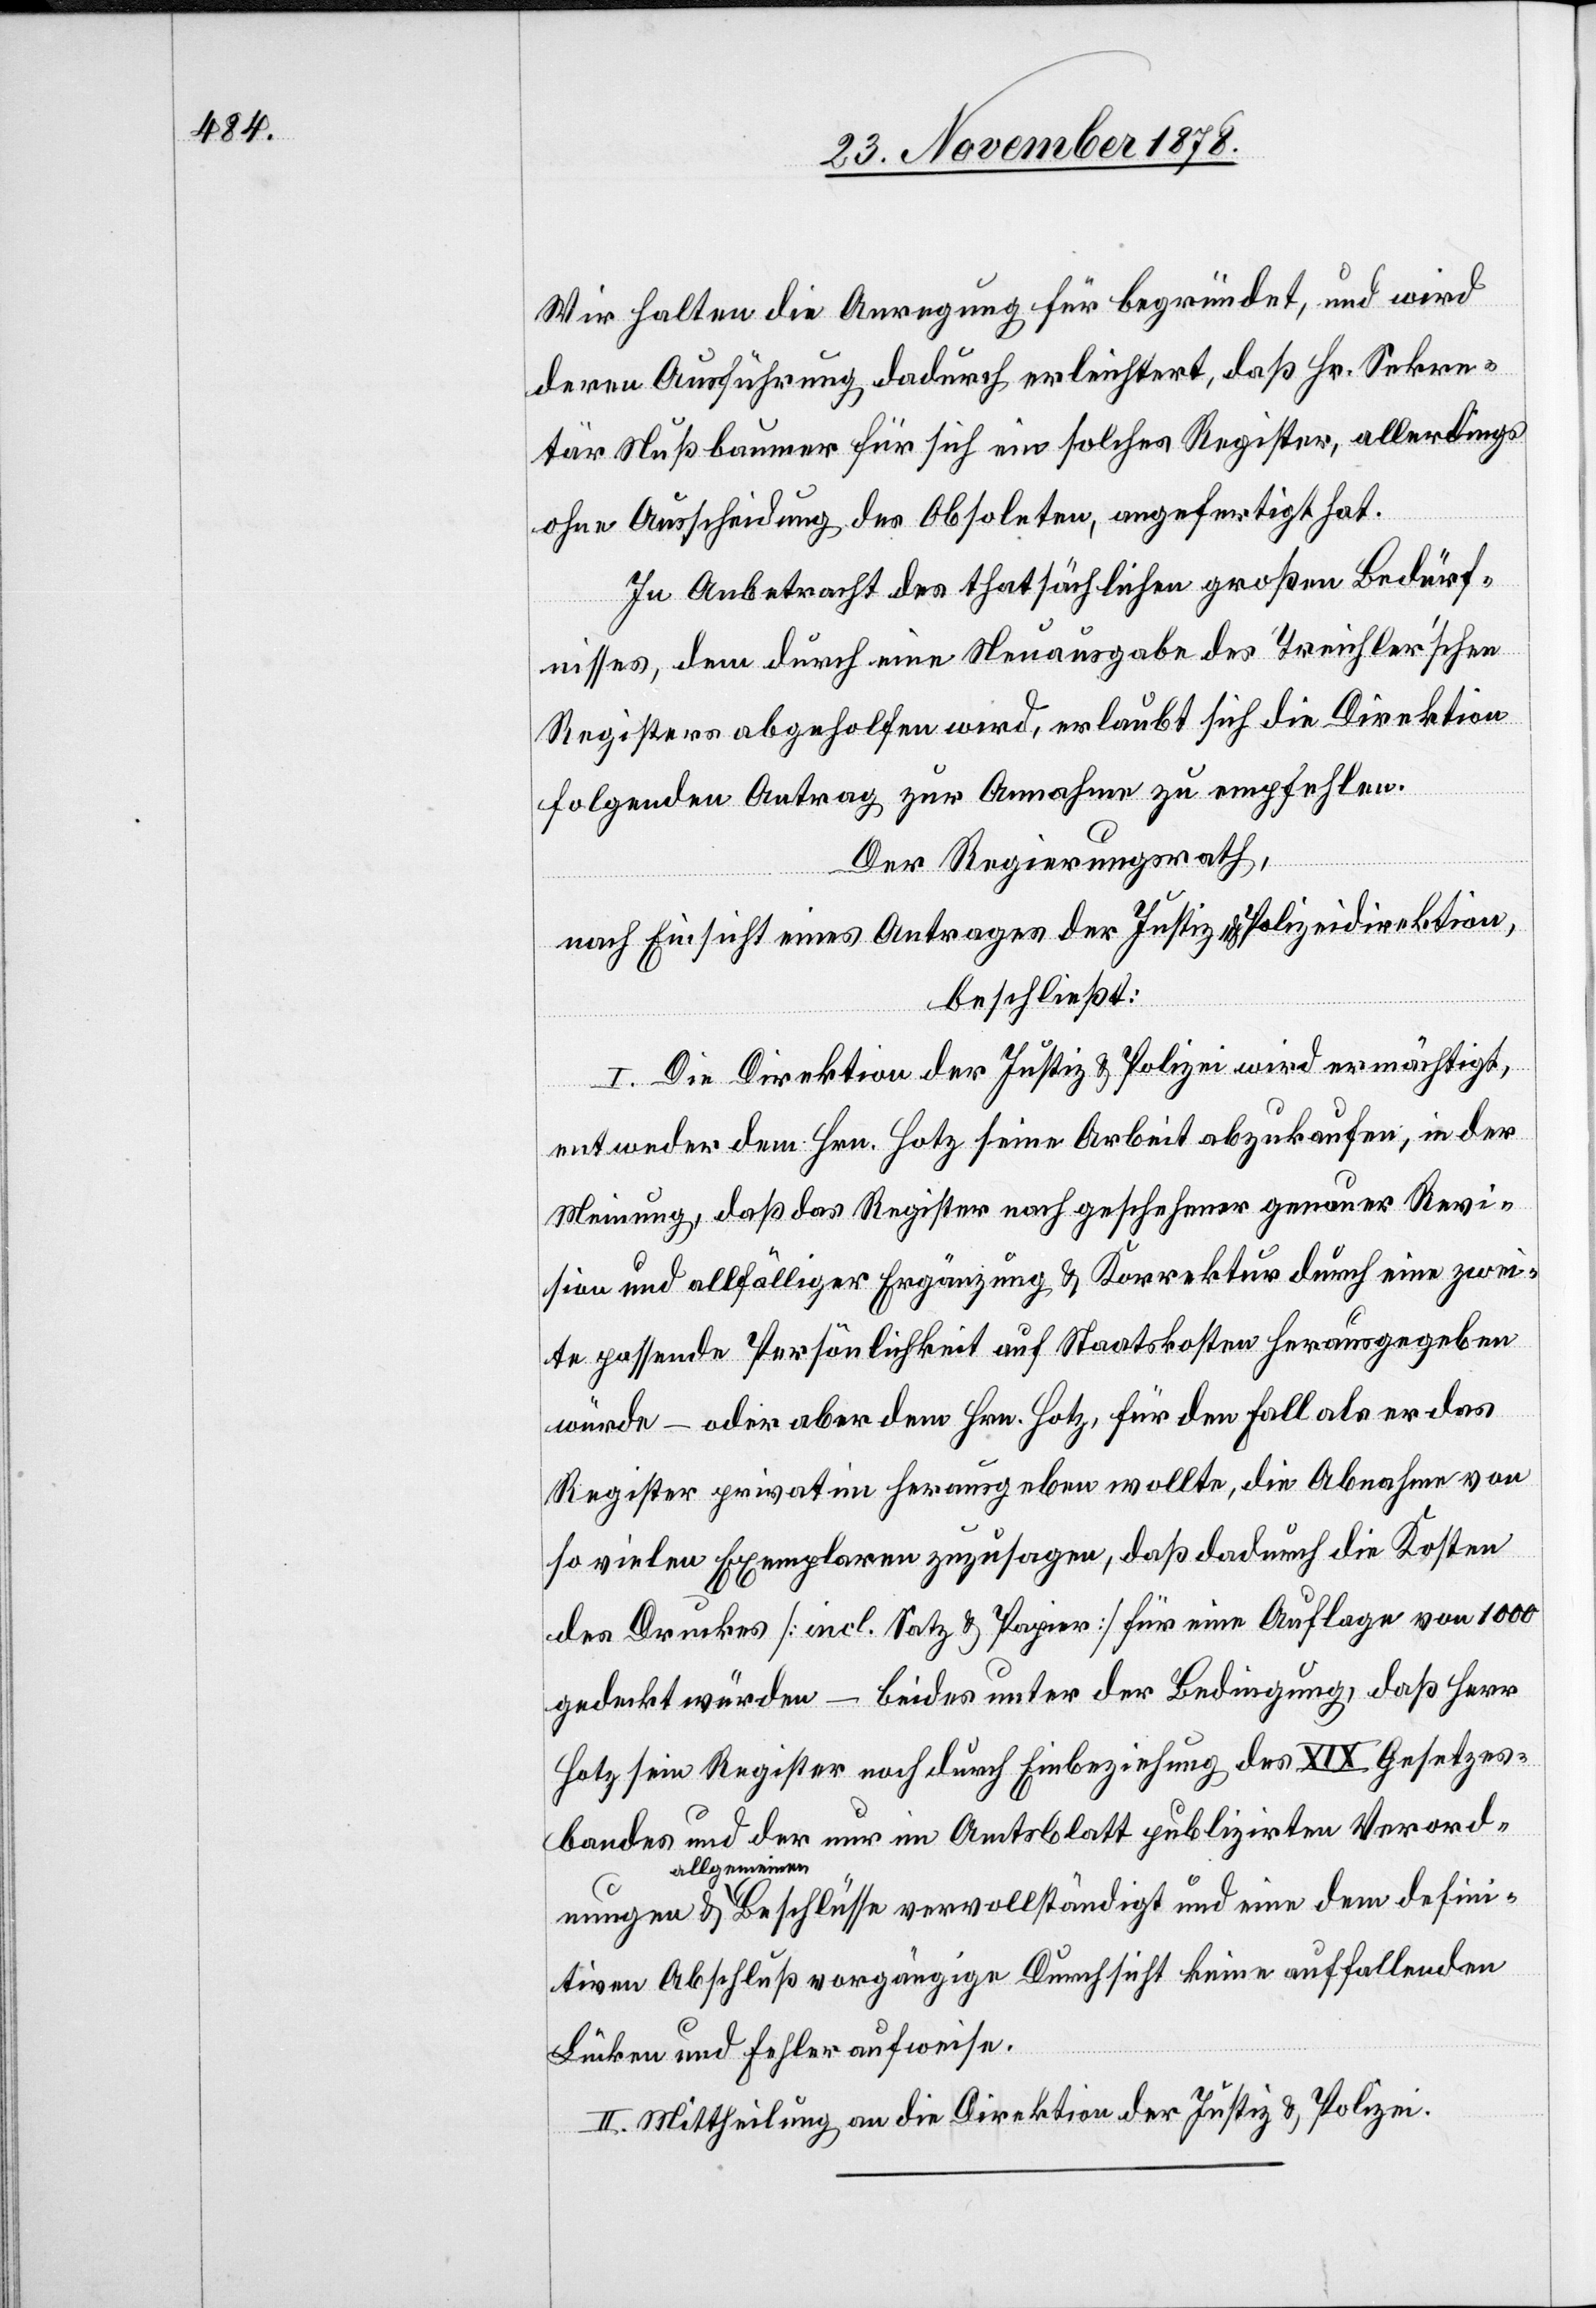
Wir halten die Anregung für begründet, und wird
deren Ausführung dadurch erleichtert, daß Hr. Sekre¬
tär Nußbaumer für sich ein solches Register, allerdings
ohne Ausscheidung des Obsoleten, angefertigt hat.
In Anbetracht des thatsächlichen Großen Bedürf¬
nungen
nisses, dem durch eine Neuausgabe des treichler’schen
Registers abgeholfen wird, erlaubt sich die Direktion
folgenden Antrag zur Annahme zu empfehlen.
Der Regierungsrath,
nach Einsicht eines Antrages der Justiz- & Polizeidirektion,
beschließt:
I. Die Direktion der Justiz & Polizei wird ermächtigt,
entweder dem Hrn. Hotz seine Arbeit abzukaufen, in der
Meinung, daß das Register nach geschehener genauer Revi¬
sion und allfälliger Ergänzung & Korrektur durch eine zwei¬
te passende Persönlichkeit auf Staatskosten herausgegeben
würde – oder aber dem Hrn. Hotz, für den Fall als er das
Register privaten herausgeben wollte, die Abnahme von
so vielen Exemplaren zuzusagen, daß dadurch die Kosten
des Druckes [incl. Satz & Papier] für eine Auflage von 1000
gedeckt würden – beides unter der Bedingung, daß Herr
Hotz sein Register noch durch Einbeziehung des XIX. Gesetzes¬
bandes und der nur im Amtsblatt publizirten Verord¬
allgeme¬
inen Beschlüsse vervollständigt und eine dem defini¬
tiven Abschluß vorgängige Durchsicht keine auffallenden
Lücken und Fehler aufweise.
II. Mittheilung an die Direktion der Justiz & Polizei.